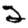
Digit: 2